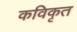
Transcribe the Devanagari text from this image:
कविकृत